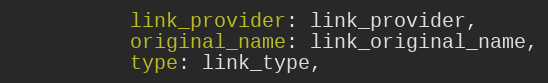
Language: Ruby
          link_provider: link_provider,
          original_name: link_original_name,
          type: link_type,